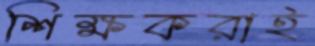
শিক্ষকরাই